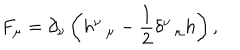
LaTeX: F _ { \mu } = \partial _ { \nu } \left( h _ { \, \, \, \, \mu } ^ { \nu } - \frac 1 2 \delta _ { \, \, \, \, \mu } ^ { \nu } h \right) ,